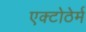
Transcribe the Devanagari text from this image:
एक्टोठेर्म